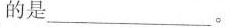
的是___。